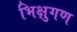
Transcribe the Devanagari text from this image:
भिक्षुगण